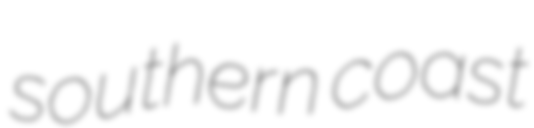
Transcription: southern coast